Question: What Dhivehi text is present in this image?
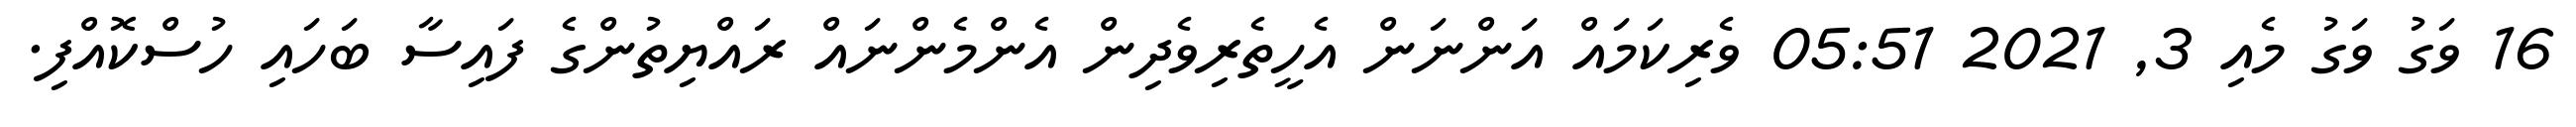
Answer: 16 ވަގު ވަގު މެއި 3, 2021 05:51 ވެރިކަމައް އަންނަން އެހީތެރިވެދިން އެންމެންނައް ރައްޔިތުންގެ ފައިސާ ބަހައި ހުސްކޮއްފި.